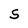
Character: S